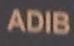
adib